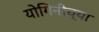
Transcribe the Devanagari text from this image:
योगिनीच्या